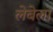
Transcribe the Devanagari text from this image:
लेबेला